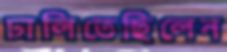
ঢালিতেছিলেন